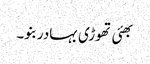
بھئی تھوڑی بہادر بنو۔